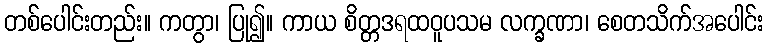
တစ်ပေါင်းတည်း။ ကတွာ၊ ပြု၍။ ကာယ စိတ္တဒရထဝူပသမ လက္ခဏာ၊ စေတသိက်အပေါင်း